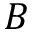
B